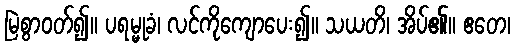
မြဲစွာဝတ်၍။ ပရမ္မုခံ၊ လင်ကိုကျောပေး၍။ သယတိ၊ အိပ်၏။ ဧတေ၊